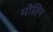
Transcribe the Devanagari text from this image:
मोतिन